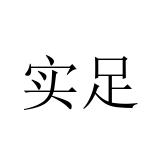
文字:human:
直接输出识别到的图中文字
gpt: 实足